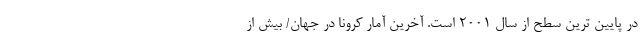
در پایین ترین سطح از سال ۲۰۰۱ است. آخرین آمار کرونا در جهان/ بیش از